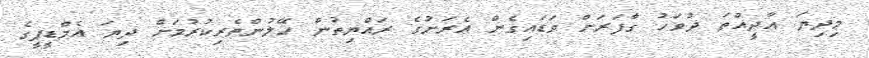
މިދިޔަ އާދީއްތަ ދުވަހު ގާފަރަށް ވަޑައިގެން އެރަށުގެ ރައްޔިތުން ހޭލުންތެރިކުރުމަށް ދިޔަ އެމްޑީޕީގެ